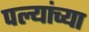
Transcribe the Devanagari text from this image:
पल्यांच्या